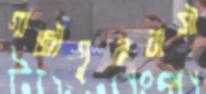
গাজীপুরবাসী